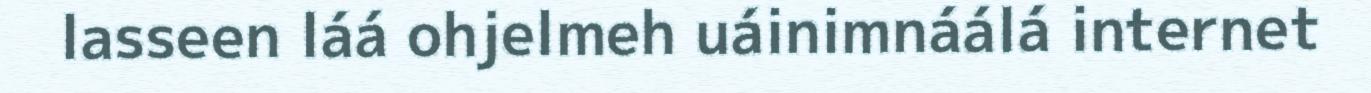
lasseen láá ohjelmeh uáinimnáálá internet